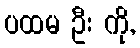
ပထမ ဦး ကို,